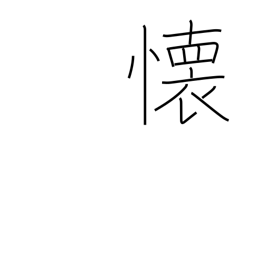
Meaning: miss someone